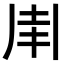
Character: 𠂵